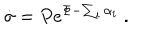
\dot { \sigma } = P e ^ { \Phi - \sum _ { i } \alpha _ { i } } \ .